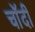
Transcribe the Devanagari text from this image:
चाॅदी